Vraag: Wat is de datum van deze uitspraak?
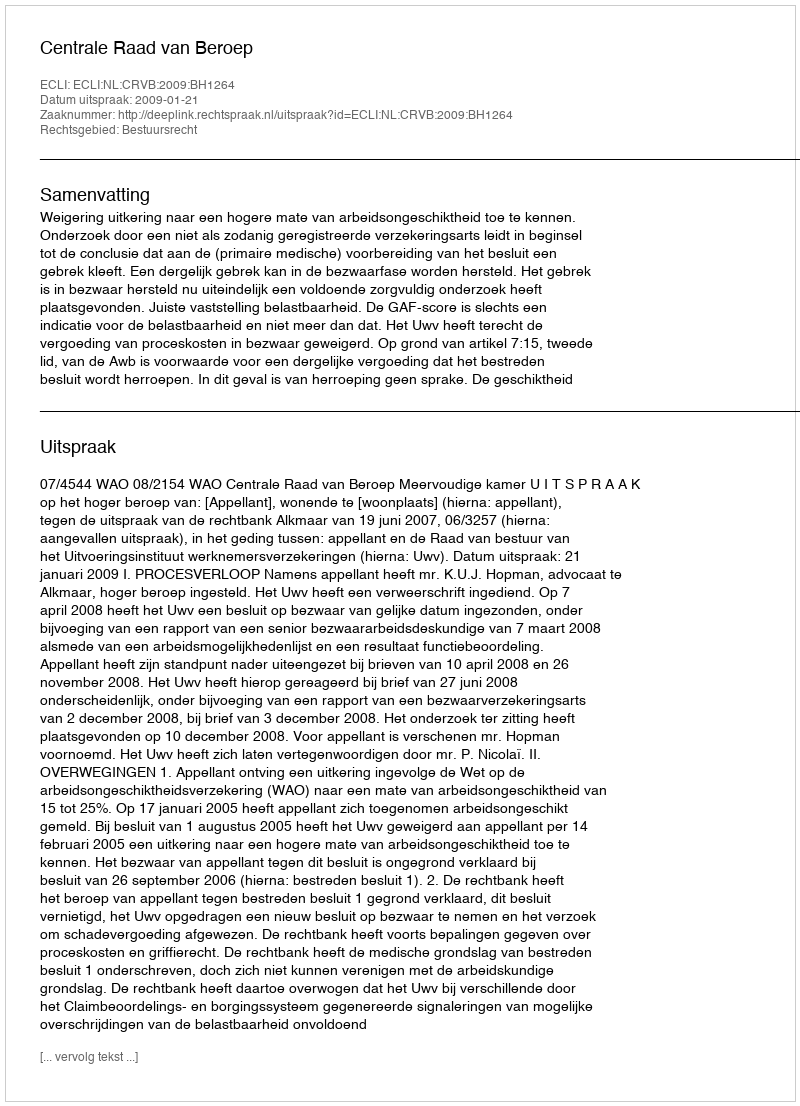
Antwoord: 2009-01-21